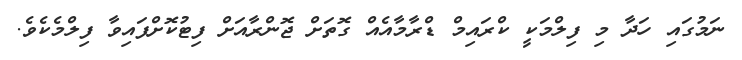
ނަމުގައި ހަދާ މި ފިލްމަކީ ކްރައިމް ޑްރާމާއެއް ގޮތަށް ޖޮންރާއަށް ފިޓުކޮށްފައިވާ ފިލްމެކެވެ.